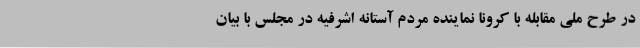
در طرح ملی مقابله با کرونا نماینده مردم آستانه اشرفیه در مجلس با بیان